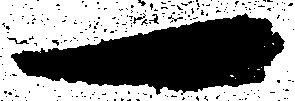
一